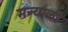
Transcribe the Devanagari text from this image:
मन्याळी